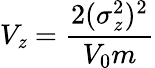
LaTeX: V_{\mathit{z}}=\frac{{2(\sigma_{\mathit{z}}^{2})^{2}}}{{V_{0}m}}